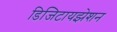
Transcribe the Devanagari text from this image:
डिजिटायझेशन